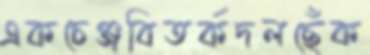
একচেঞ্জবিতর্কদলছেঁক